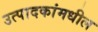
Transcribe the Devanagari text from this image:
उत्पादकांमधील